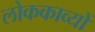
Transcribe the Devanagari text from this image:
लोककाव्यों